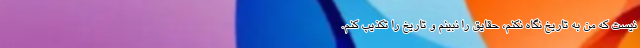
نیست که من به تاریخ نگاه نکنم، حقایق را نبینم و تاریخ را تکذیب کنم.